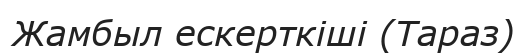
Жамбыл ескерткіші (Тараз)